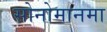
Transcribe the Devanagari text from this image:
सोनोमानमा